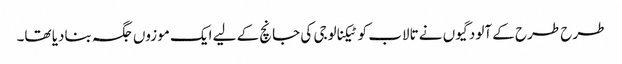
طرح طرح کے آلودگیوں نے تالاب کو ٹیکنالوجی کی جانچ کے لیے ایک موزوں جگہ بنادیا تھا۔